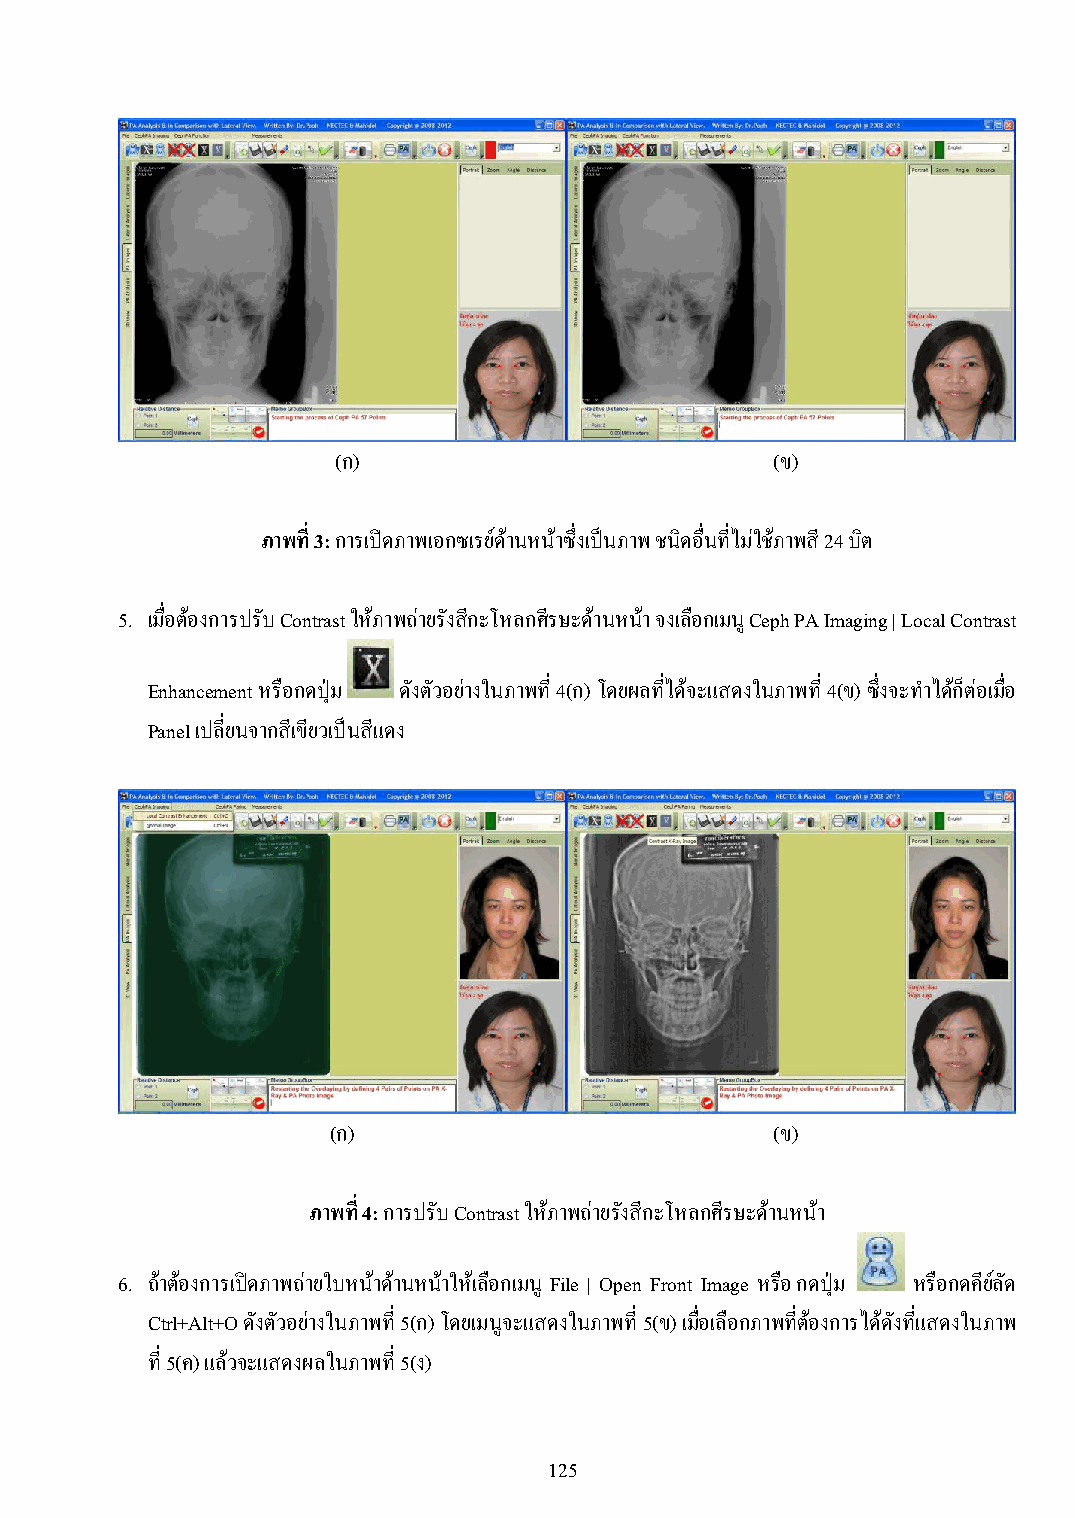
(ก)                          (ข)
 ภาพที่ 3: การเปิดภาพเอกซเรย์ด้านหน้าซึ่งเป็นภาพ ชนิดอื่นที่ไม่ใช้ภาพสี 24 บิต
 5. เมื่อต้องการปรับ Contrast ให้ภาพถ่ายรังสีกะโหลกศีรษะด้านหน้า จงเลือกเมนู Ceph PA Imaging | Local Contrast
 Enhancement หรือกดปุ่ม ดังตัวอย่างในภาพที่ 4(ก) โดยผลที่ได้จะแสดงในภาพที่ 4(ข) ซึ่งจะท าได้ก็ต่อเมื่อ
 Panel เปลี่ยนจากสีเขียวเป็นสีแดง
 (ก)                          (ข)
 ภาพท ี่4: การปรับ Contrast ให้ภาพถ่ายรังสีกะโหลกศีรษะด้านหน้า
 6. ถ้าต้องการเปิดภาพถ่ายใบหน้าด้านหน้าให้เลือกเมนู File | Open Front Image หรือ กดปุ่ม หรือกดคีย์ลัด
 Ctrl+Alt+O ดังตัวอย่างในภาพที่ 5(ก) โดยเมนูจะแสดงในภาพที่ 5(ข) เมื่อเลือกภาพที่ต้องการได้ดังที่แสดงในภาพ
 ที่ 5(ค) แล้วจะแสดงผลในภาพที่ 5(ง)
 125